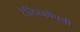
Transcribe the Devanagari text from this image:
टेलिस्कोपची